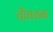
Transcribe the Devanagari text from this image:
चौधराना